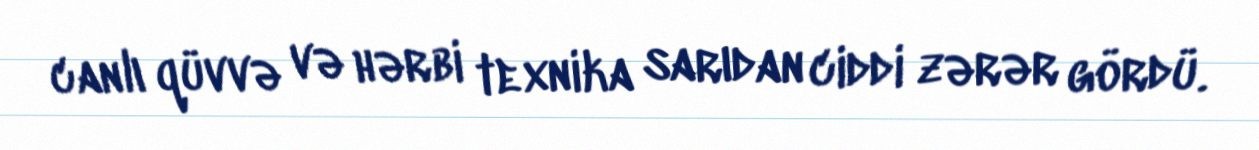
canlı qüvvə və hərbi texnika sarıdan ciddi zərər gördü.